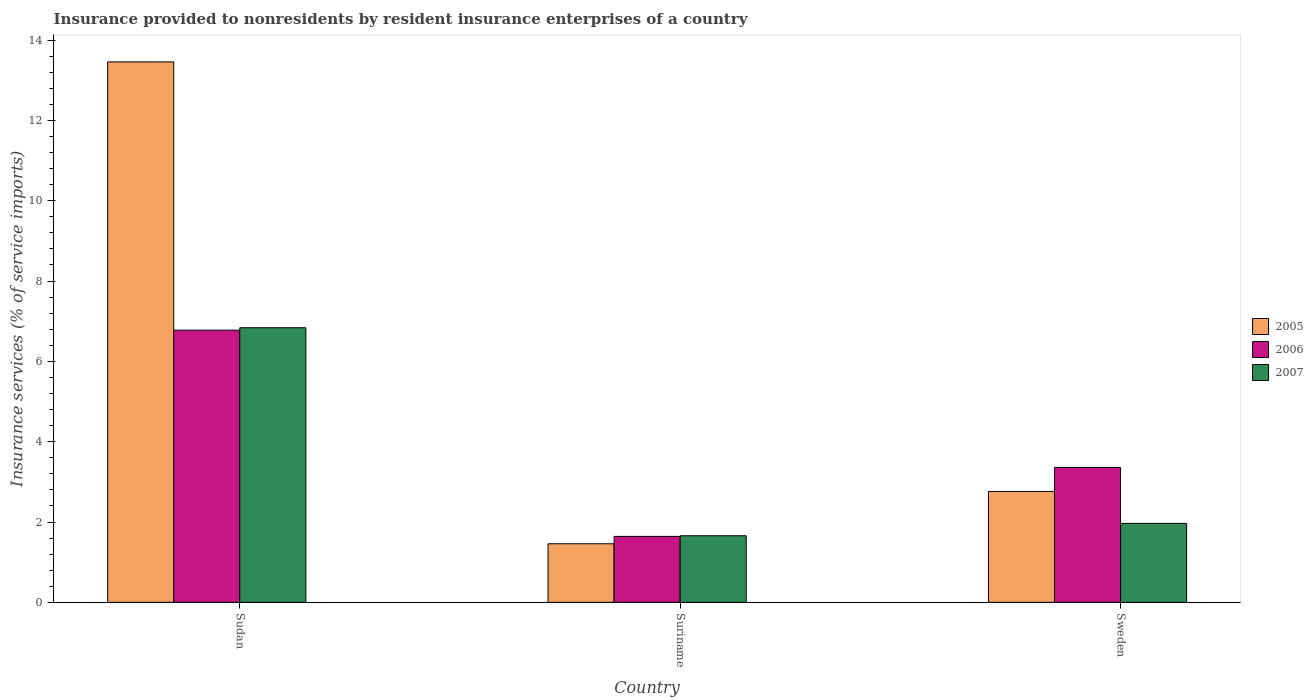
| Country | 2005 | 2006 | 2007 |
 | --- | --- | --- | --- |
 | Sudan | 13.5 | 6.78 | 6.84 |
 | Suriname | 1.46 | 1.64 | 1.66 |
 | Sweden | 2.76 | 3.36 | 1.97 |